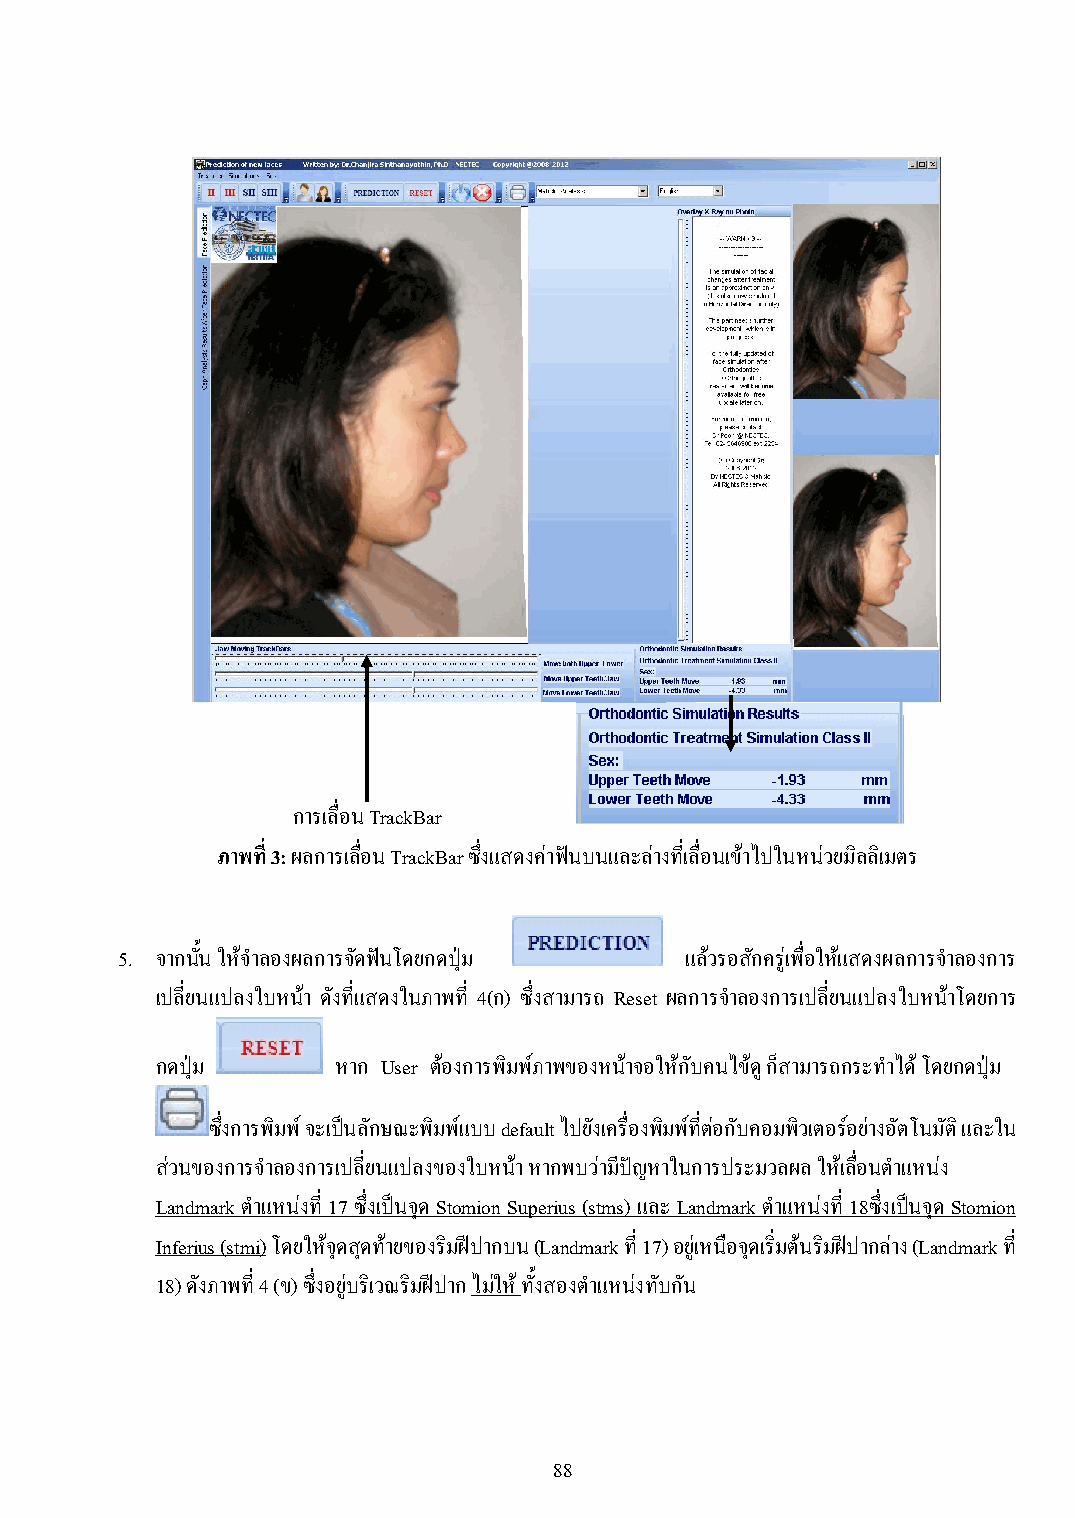
การเลื่อน TrackBar
 ภาพที่ 3: ผลการเลื่อน TrackBar ซึ่งแสดงค่าฟันบนและล่างที่เลื่อนเข้าไปในหน่วยมิลลิเมตร
 5. จากนั้น ให้จ าลองผลการจัดฟันโดยกดปุ่ม แล้วรอสักครู่เพื่อให้แสดงผลการจ าลองการ
 เปลี่ยนแปลงใบหน้า ดังที่แสดงในภาพที่ 4(ก) ซึ่งสามารถ Reset ผลการจ าลองการเปลี่ยนแปลงใบหน้าโดยการ
 กดปุ่ม      หาก User ต้องการพิมพ์ภาพของหน้าจอให้กับคนไข้ดู ก็สามารถกระท าได้ โดยกดปุ่ม
 ซึ่งการพิมพ์ จะเป็นลักษณะพิมพ์แบบ default ไปยังเครื่องพิมพ์ทตี่ ่อกับคอมพิวเตอร์อย่างอัตโนมัติ และใน
 ส่วนของการจ าลองการเปลี่ยนแปลงของใบหน้า หากพบว่ามีปัญหาในการประมวลผล ให้เลื่อนต าแหน่ง
 Landmark ต าแหน่งที่ 17 ซึ่งเป็นจุด Stomion Superius (stms) และ Landmark ต าแหน่งที่ 18ซึ่งเป็นจุด Stomion
 Inferius (stmi) โดยให้จุดสดุ ท้ายของริมฝีปากบน (Landmark ที่ 17) อยู่เหนือจุดเริ่มต้นริมฝีปากล่าง (Landmark ที่
 18) ดังภาพที่ 4 (ข) ซึ่งอยู่บริเวณริมฝีปาก ไม่ให้ ทั้งสองต าแหน่งทับกัน
 88